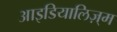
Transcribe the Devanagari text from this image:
आइडियालिज़्म